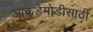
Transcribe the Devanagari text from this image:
आकडेमोडीसाठी